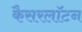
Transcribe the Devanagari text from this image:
कैसरलॉटन